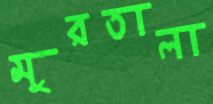
মুরতালা